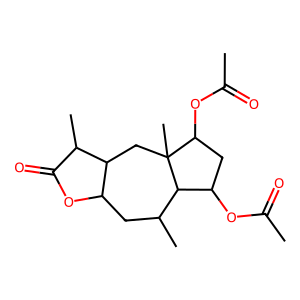
SMILES: CC(=O)OC1CC(OC(C)=O)C2(C)CC3C(CC(C)C12)OC(=O)C3C
Inhibits HIV replication: No